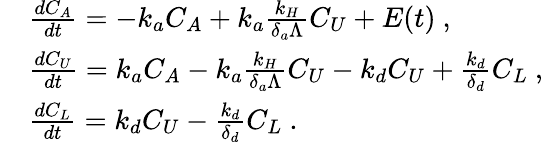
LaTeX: \begin{array}{rl}&{\frac{dC_{A}}{dt}=-k_{a}C_{A}+k_{a}\frac{k_{H}}{\delta_{a}\Lambda}C_{U}+E(t)\mathrm{~,}}\\ &{\frac{dC_{U}}{dt}=k_{a}C_{A}-k_{a}\frac{k_{H}}{\delta_{a}\Lambda}C_{U}-k_{d}C_{U}+\frac{k_{d}}{\delta_{d}}C_{L}\mathrm{~,}}\\ &{\frac{dC_{L}}{dt}=k_{d}C_{U}-\frac{k_{d}}{\delta_{d}}C_{L}\mathrm{~.}}\end{array}